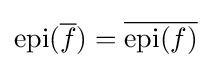
\operatorname {epi} ({\overline {f}})={\overline {\operatorname {epi} (f)}}